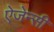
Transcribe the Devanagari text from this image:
ऐजेन्‍सी